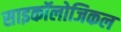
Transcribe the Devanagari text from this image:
साइकॉलोजिकल